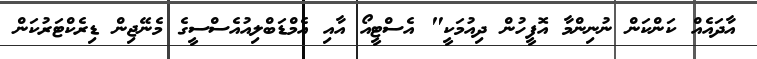
އާދައެއް ކަންކަން ނުނިންމާ އޮފީހުން ދިއުމަކީ" އެސްޓީއޯ އާއި އެމްޑަބްލިއުއެސްސީގެ މެނޭޖިން ޑިރެކްޓަރުކަން